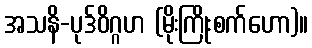
အသနိ-ပုဒ်ဝိဂ္ဂဟ (မိုးကြိုးစက်ဟော)။